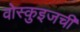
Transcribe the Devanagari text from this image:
वोस्कुइजची